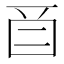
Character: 𬻕